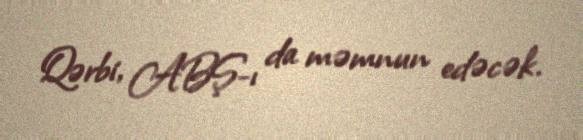
Qərbi, ABŞ-ı da məmnun edəcək.